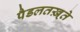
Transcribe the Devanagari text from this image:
पैडलतख़्ते